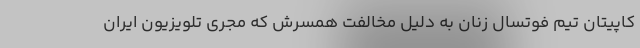
کاپیتان تیم فوتسال زنان به دلیل مخالفت همسرش که مجری تلویزیون ایران